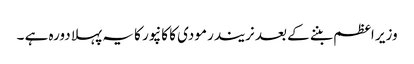
وزیر اعظم بننے کے بعد نریندر مودی کا کانپور کا یہ پہلا دورہ ہے ۔